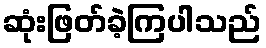
ဆုံးဖြတ်ခဲ့ကြပါသည်